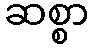
ဆစ္စာ